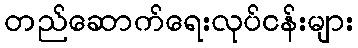
တည်ဆောက်ရေးလုပ်ငန်းများ